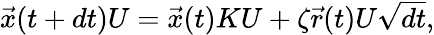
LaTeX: \begin{array}{r}{\vec{x}(t+dt)U=\vec{x}(t)KU+\zeta\vec{r}(t)U\sqrt{dt},}\end{array}